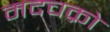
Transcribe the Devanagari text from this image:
मदचक्रो